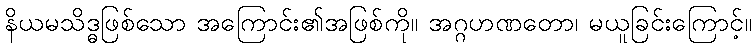
နိယမသိဒ္ဓဖြစ်သော အကြောင်း၏အဖြစ်ကို။ အဂ္ဂဟဏတော၊ မယူခြင်းကြောင့်။